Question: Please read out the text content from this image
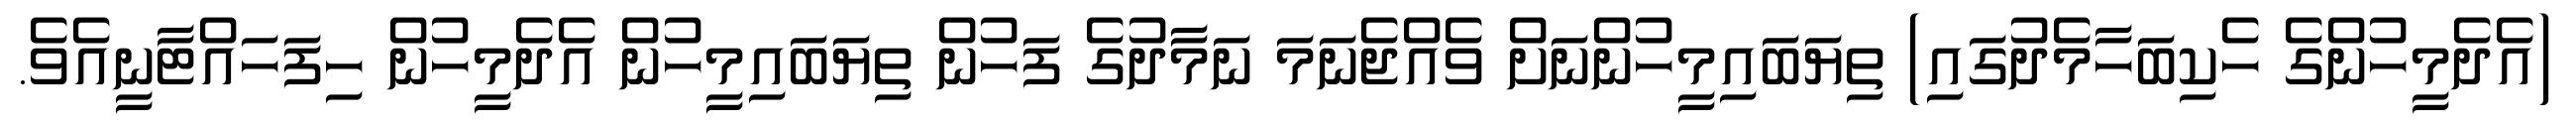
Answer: (އެދެމީހުންގެ ހެކިބަހާމެދުގައި) ތިޔަބައިމީހުންނަށް ވެއްޖެނަމަ ނަމާދުގެ ފަހުން ތިޔަބައިމީހުން އެދެމީހުން ހިފަހައްޓާނީއެވެ.